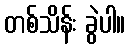
တစ်သိန်း ခွဲပါ။